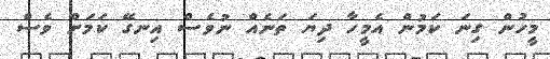
މީހުން ގިނަ ކަމުން އެމީހާ ދިޔަ ތަނެއް ނުވެސް އިނގޭ ކަމަށް ވެސް